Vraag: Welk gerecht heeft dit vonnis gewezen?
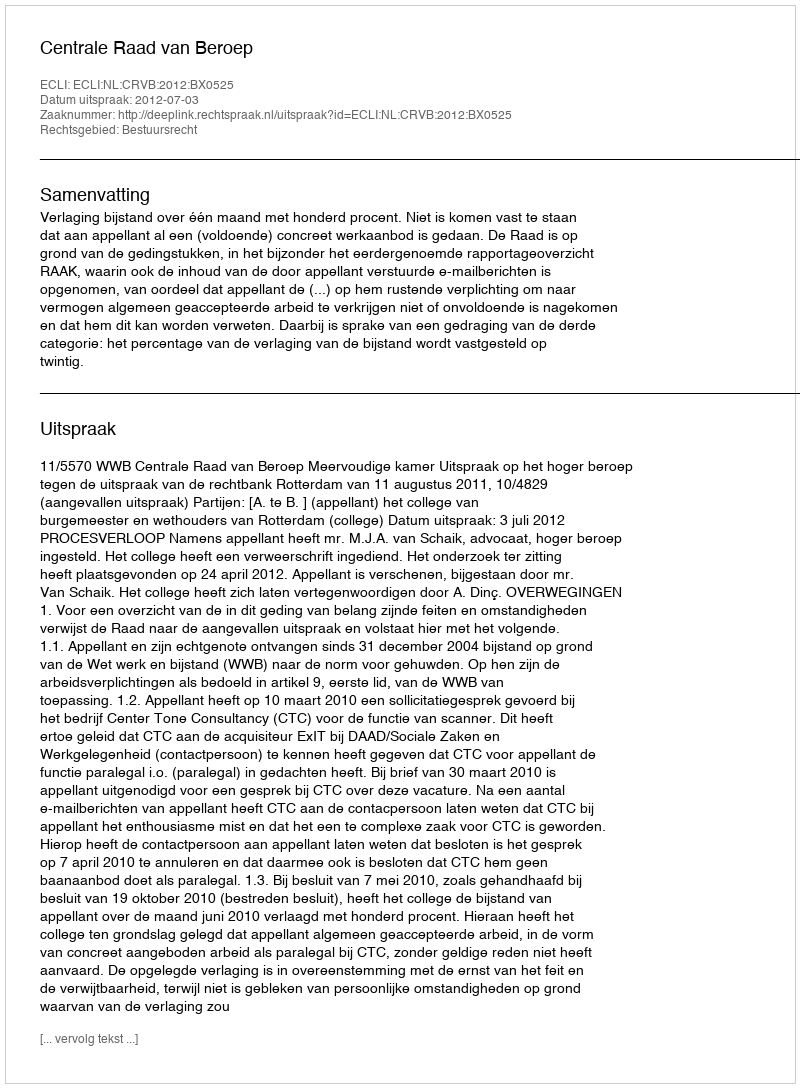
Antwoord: Centrale Raad van Beroep